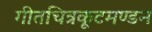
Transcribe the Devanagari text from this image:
गीतचित्रकूटमण्डन